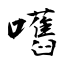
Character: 嚿